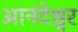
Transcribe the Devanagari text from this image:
आनंदेश्वर